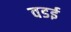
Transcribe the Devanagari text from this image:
वडई